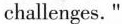
challenges. "